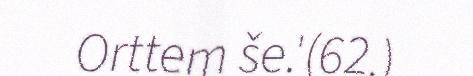
Orttem še.'(62.)